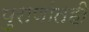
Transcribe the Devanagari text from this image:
पुराणांतही